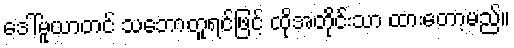
ဒေါ်မူယာတင် သဘောတူရင်ဖြင့် ထိုအတိုင်းသာ ထားတော့မည်။